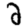
Digit: 2